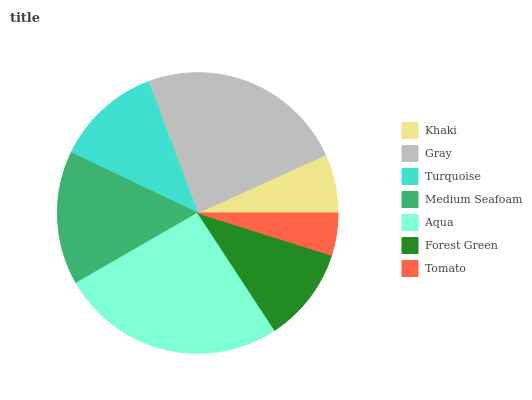
| Khaki | Gray | Turquoise | Medium Seafoam | Aqua | Forest Green | Tomato |
 | --- | --- | --- | --- | --- | --- | --- |
 | 6.78% | 23.9% | 12.2% | 15.4% | 26% | 10.9% | 4.87% |